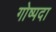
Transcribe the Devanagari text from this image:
गोष्पदा